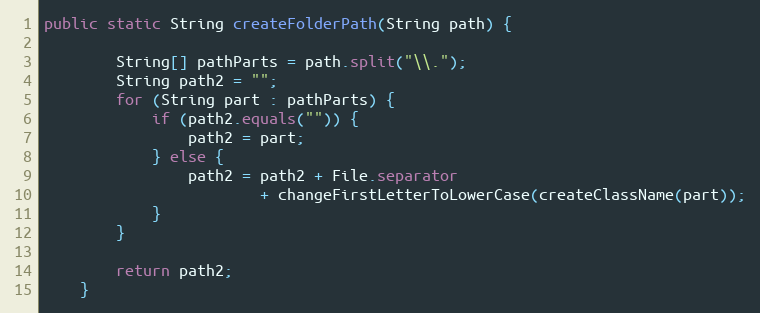
Language: Java
public static String createFolderPath(String path) {

        String[] pathParts = path.split("\\.");
        String path2 = "";
        for (String part : pathParts) {
            if (path2.equals("")) {
                path2 = part;
            } else {
                path2 = path2 + File.separator
                        + changeFirstLetterToLowerCase(createClassName(part));
            }
        }

        return path2;
    }